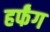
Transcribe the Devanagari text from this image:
हर्फंग